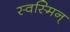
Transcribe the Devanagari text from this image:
स्वस्मिन्